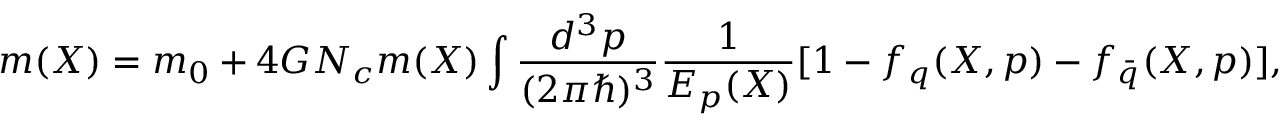
m ( X ) = m _ { 0 } + 4 G N _ { c } m ( X ) \int \frac { d ^ { 3 } p } { ( 2 \pi \hbar ) ^ { 3 } } \frac 1 { E _ { p } ( X ) } [ 1 - f _ { q } ( X , p ) - f _ { \bar { q } } ( X , p ) ] ,